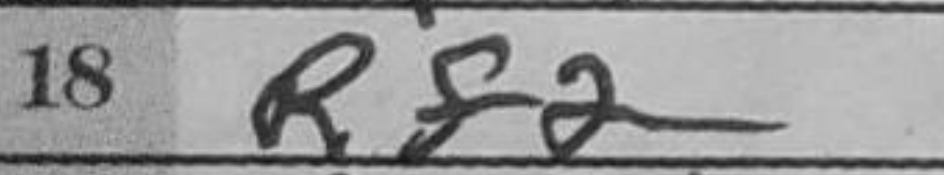
Transcription: Rf2